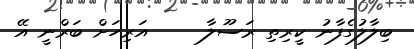
ބިލާލުގެފާނު ކީރިތި ރަސޫލާ     އަރިހަށް ބަރްނީ އޭ